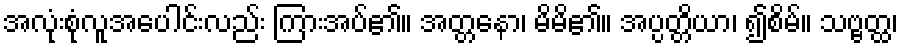
အလုံးစုံလူအပေါင်းလည်း ကြားအပ်၏။ အတ္တနော၊ မိမိ၏။ အပ္ပတ္တိယာ၊ ၍စိမ်။ သဗ္ဗတ္ထ၊